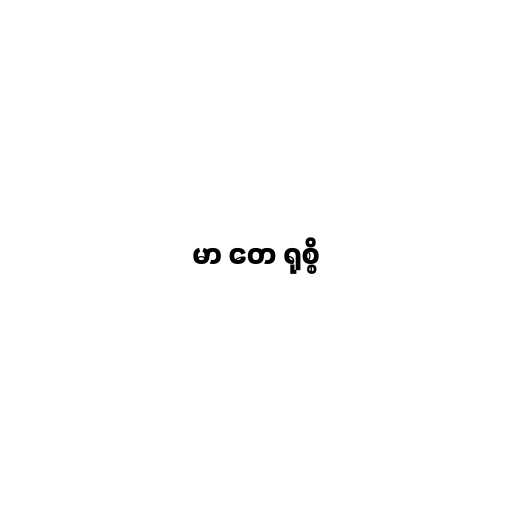
မာ တေ ရုစ္စိ